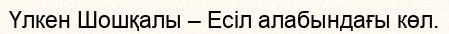
Үлкен Шошқалы – Есіл алабындағы көл.